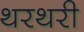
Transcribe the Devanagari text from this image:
थरथरी